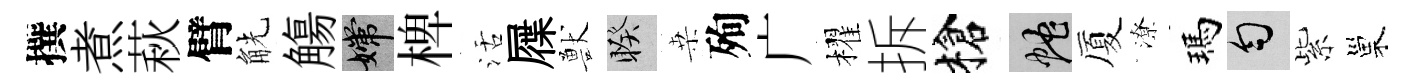
撰煮萩臂觥觴嫦椑活屧獸睽桒殉广櫂拆槍蛇厦潦瑪匀紫巢